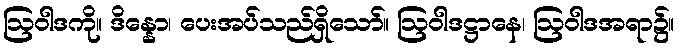
ဩဝါဒကို။ ဒိန္နော၊ ပေးအပ်သည်ရှိသော်။ ဩဝါဒဋ္ဌာနေ၊ ဩဝါဒအရာ၌။